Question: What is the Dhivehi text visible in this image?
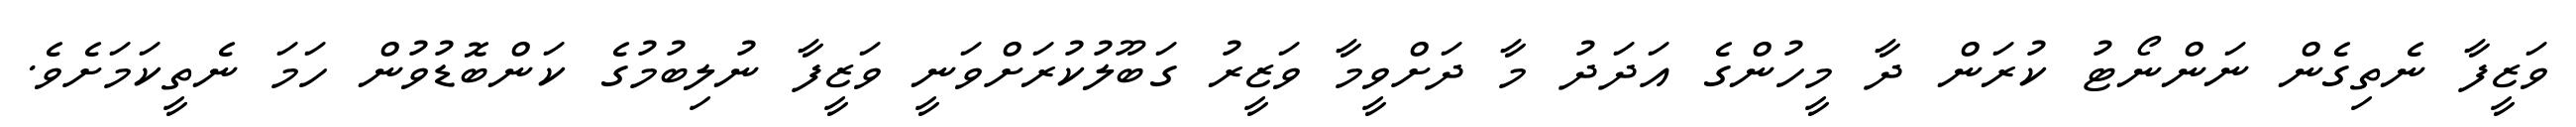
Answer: ވަޒީފާ ނެތިގެން ނަންނޯޓު ކުރަން ދާ މީހުންގެ އަދަދު މާ ދަށްވީމާ ވަޒީރު ގަބޫލުކުރަށްވަނީ ވަޒީފާ ނުލިބުމުގެ ކަންބޮޑުވުން ހަމަ ނެތީކަމަށެވެ.